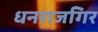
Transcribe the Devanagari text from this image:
धनराजगिर